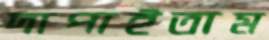
দাপাইতাম